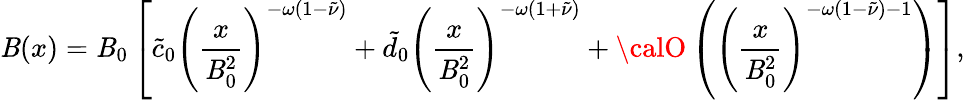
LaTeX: \mathit{B}(x)=\mathit{B}_{0}\left[\tilde{{c}}_{0}\left(\frac{{x}}{{\mathit{B}_{0}^{2}}}\right)^{-\omega(1-\tilde{{\nu}})}+\tilde{{d}}_{0}\left(\frac{{x}}{{\mathit{B}_{0}^{2}}}\right)^{-\omega(1+\tilde{{\nu}})}+{\calO}\left(\left(\frac{{x}}{{\mathit{B}_{0}^{2}}}\right)^{-\omega(1-\tilde{{\nu}})-1}\right)\right],